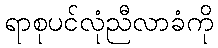
ရာစုပင်လုံညီလာခံကို